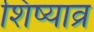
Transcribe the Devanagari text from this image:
शिष्याव्र